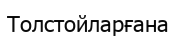
Толстойларғана